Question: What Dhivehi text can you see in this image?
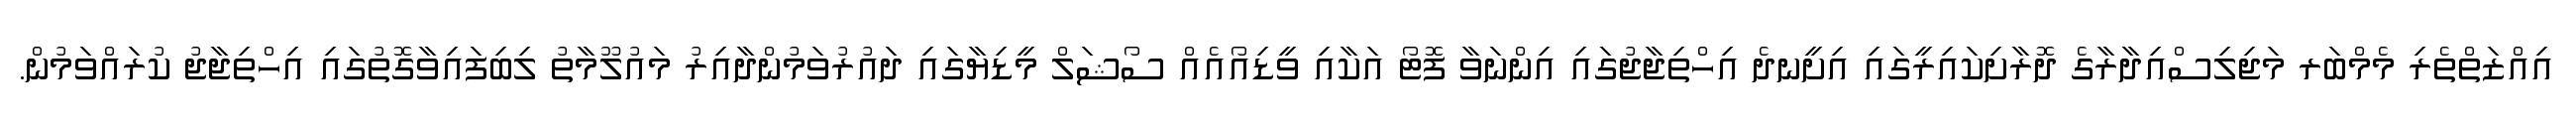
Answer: އިއްޒަތްތެރި މެމްބަރ މަޖިލިސްއިދާރާގެ ދޮރާށިކައިރީގައި އިށީނދެ އިހްތިޖާޖުގައި އިންނަވާ ފޮޓޯ އަކާއި ވީޑިއޯއެއް ސޯޝަލް މީޑިޔާގައި ދައުރުވަމުންދާއިރު މައުލޫމާތު ލިބިފައިވާގޮތުގައި އިހްތިޖާޖު ކުރައްވަމުން.